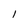
Character: l